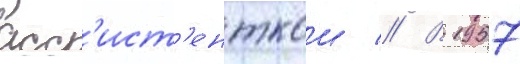
асс'ист'енткои // В 1957